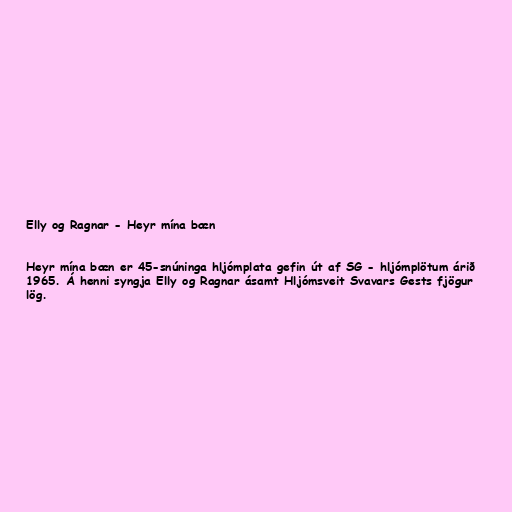
Elly og Ragnar - Heyr mína bæn

Heyr mína bæn er 45-snúninga hljómplata gefin út af SG - hljómplötum árið
1965. Á henni syngja Elly og Ragnar ásamt Hljómsveit Svavars Gests fjögur
lög.